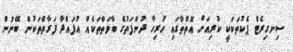
ސިނގިރެޓް ޕެކުތަކަކީ ކުރިއަށް އޮތްތާގައި ހުރިހާ ދުންފަތުގެ ބާވަތްތަކެއް އުފައްދާ ފަރާތްތަކުން ބޭނުން